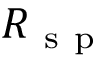
R _ { \mathrm { ~ s ~ p ~ } }